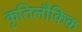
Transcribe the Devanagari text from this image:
कृतिलौकिक